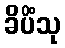
ခိပိံသု